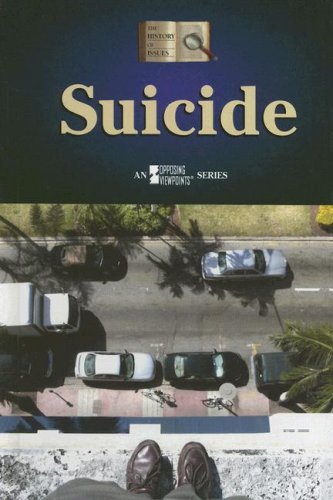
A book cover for Suicide (History of Issues); Emma Carlson-Berne; Teen & Young Adult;